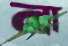
না